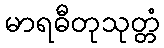
မာရဓီတုသုတ္တံ